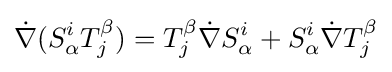
{\dot {\nabla }}(S_{\alpha }^{i}T_{j}^{\beta })=T_{j}^{\beta }{\dot {\nabla }}S_{\alpha }^{i}+S_{\alpha }^{i}{\dot {\nabla }}T_{j}^{\beta }